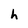
Character: h